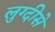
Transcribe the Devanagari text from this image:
लुग्दीसे